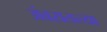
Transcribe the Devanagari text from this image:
अंबरातल्या